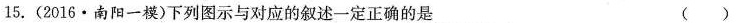
15.(2016·南阳一模)下列图示与对应的叙述一定正确的是 ( )